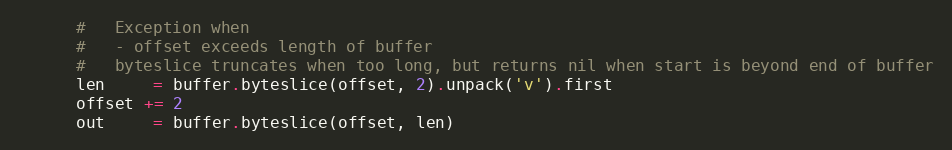
Language: Ruby
      #   Exception when
      #   - offset exceeds length of buffer
      #   byteslice truncates when too long, but returns nil when start is beyond end of buffer
      len     = buffer.byteslice(offset, 2).unpack('v').first
      offset += 2
      out     = buffer.byteslice(offset, len)